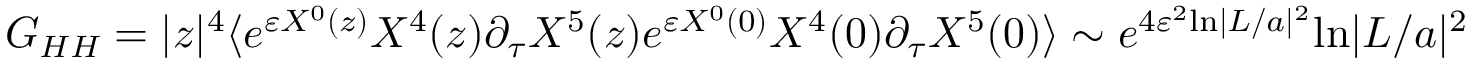
{ \cal G } _ { H H } = | z | ^ { 4 } \langle e ^ { \varepsilon X ^ { 0 } ( z ) } X ^ { 4 } ( z ) \partial _ { \tau } X ^ { 5 } ( z ) e ^ { \varepsilon X ^ { 0 } ( 0 ) } X ^ { 4 } ( 0 ) \partial _ { \tau } X ^ { 5 } ( 0 ) \rangle \sim e ^ { 4 \varepsilon ^ { 2 } \mathrm { l n } | L / a | ^ { 2 } } \mathrm { l n } | L / a | ^ { 2 }